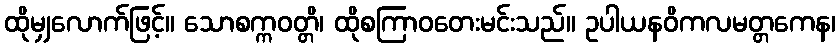
ထိုမျှလောက်ဖြင့်။ သောစက္ကဝတ္တိ၊ ထိုစကြာဝတေးမင်းသည်။ ဥပါယနဝိကလမတ္တကေန၊